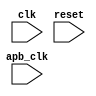
module timing_control_synchronization(
    input wire clk,
    input wire reset,
    input wire apb_clk,
    // other input ports

    // output ports
);

// timing control and synchronization logic here

endmodule